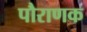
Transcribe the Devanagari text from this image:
पौराणक